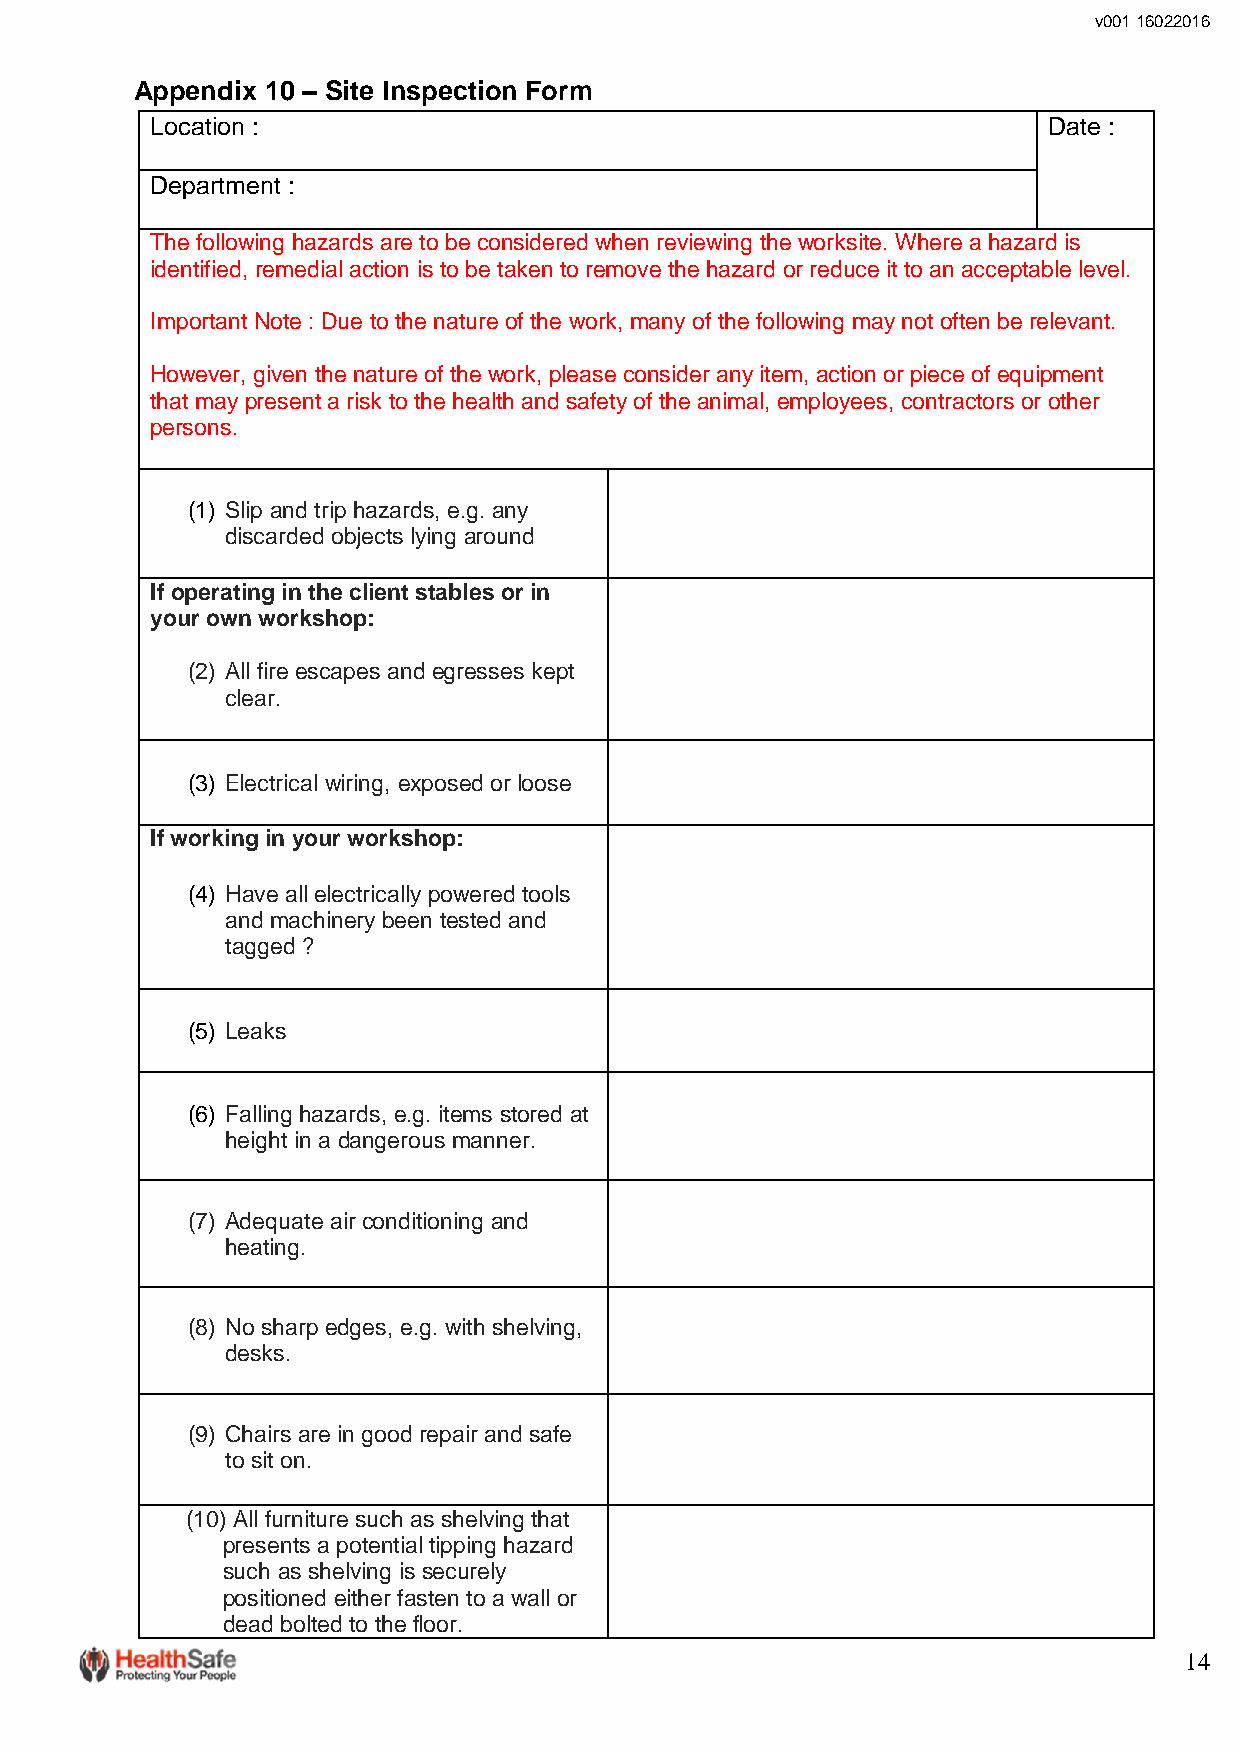
v001 16022016
 Appendix 10 – Site Inspection Form
 Location :                                                 Date :
 Department :
 The following hazards are to be considered when reviewing the worksite. Where a hazard is
 identified, remedial action is to be taken to remove the hazard or reduce it to an acceptable level.
 Important Note : Due to the nature of the work, many of the following may not often be relevant.
 However, given the nature of the work, please consider any item, action or piece of equipment
 that may present a risk to the health and safety of the animal, employees, contractors or other
 persons.
 (1) Slip and trip hazards, e.g. any
 discarded objects lying around
 If operating in the client stables or in
 your own workshop:
 (2) All fire escapes and egresses kept
 clear.
 (3) Electrical wiring, exposed or loose
 If working in your workshop:
 (4) Have all electrically powered tools
 and machinery been tested and
 tagged ?
 (5) Leaks
 (6) Falling hazards, e.g. items stored at
 height in a dangerous manner.
 (7) Adequate air conditioning and
 heating.
 (8) No sharp edges, e.g. with shelving,
 desks.
 (9) Chairs are in good repair and safe
 to sit on.
 (10) All furniture such as shelving that
 presents a potential tipping hazard
 such as shelving is securely
 positioned either fasten to a wall or
 dead bolted to the floor.
 14